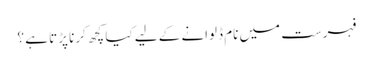
فہرست میں نام ڈلوانے کے لیے کیا کچھ کرنا پڑتا ہے ؟